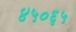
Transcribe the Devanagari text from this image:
४५०६५